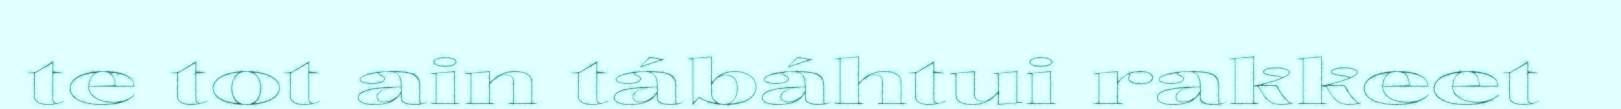
te tot ain tábáhtui rakkeet